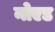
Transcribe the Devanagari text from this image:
नोएड